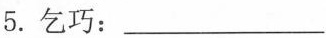
5. 乞巧：___